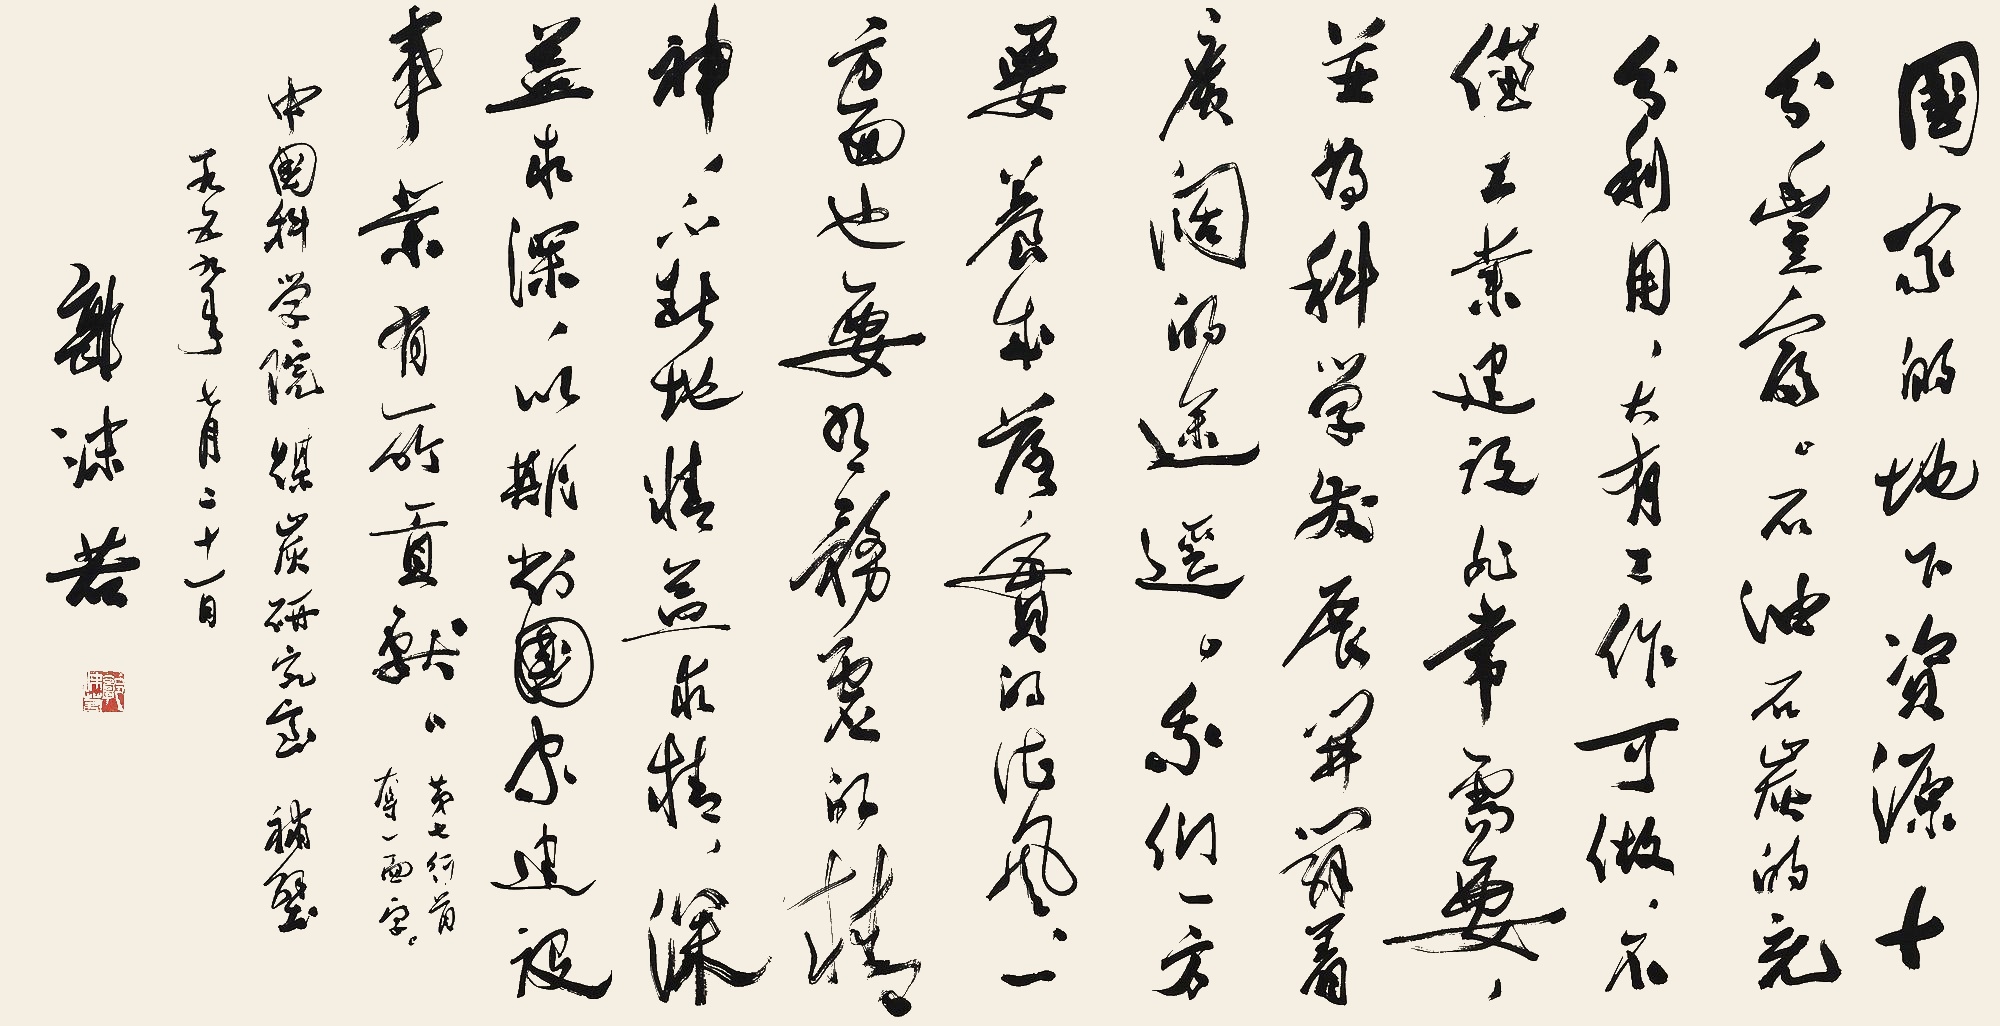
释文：国家的地下资源十分丰富，石油石炭的充分利用，大有工作可做。不仅工业建设非常需要，并为科学发展开■着广阔的途径。我们一方要养成落实的作风，一方面也要些务虚的精神，不断精益求精，深益求深，以期对国家建设事业有所贡献。第七行首夺一面字。中国科学院煤炭研究室。一九五九年七月二十一日，郭沫若。